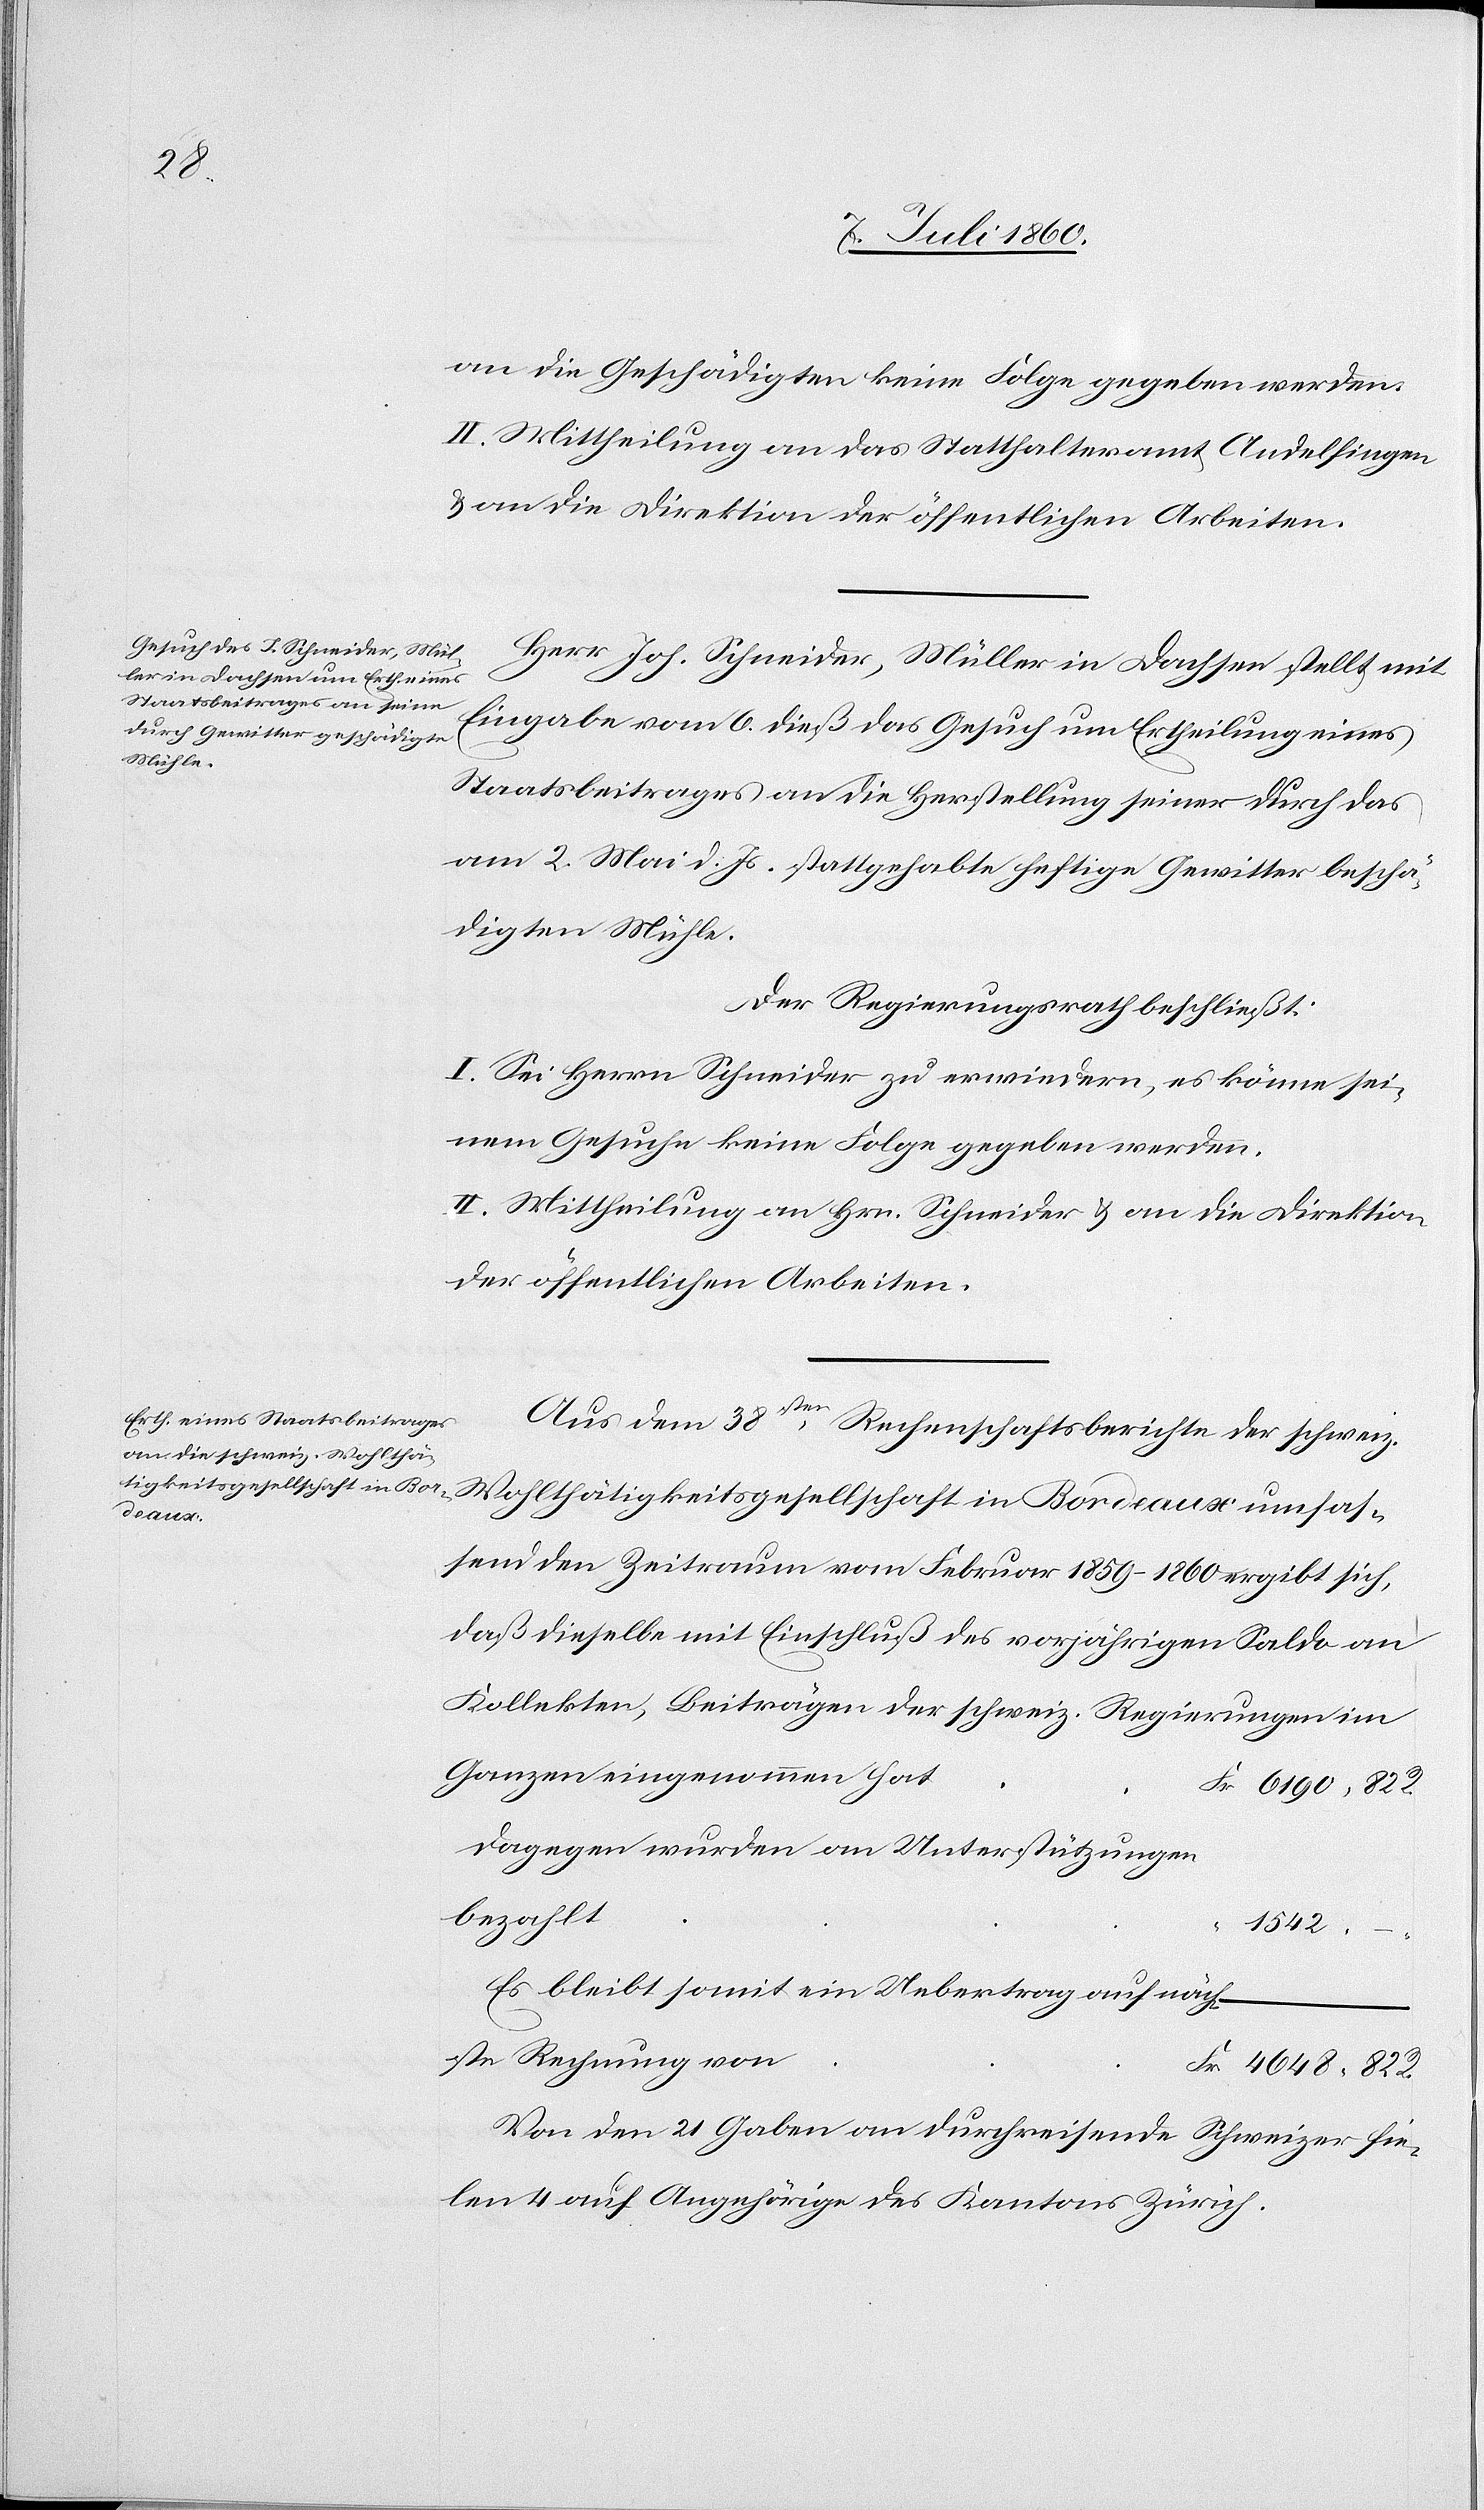
an die Geschädigten keine Folge gegeben werden.
II. Mittheilung an das Statthalteramt Andelfingen
& an die Direktion der öffentlichen Arbeiten.
Herr Joh. Schneider, Müller in Dachsen stellt mit
Fr
Eingabe vom 6. dieß das Gesuch um Ertheilung eines
Staatsbeitrages an die Herstellung seiner durch das
am 2. Mai d. Js. stattgehabte heftige Gewitter beschä¬
digten Mühle.
Der Regierungsrath beschließt:
I. Sei Herrn Schneider zu erwiedern, es könne sei¬
nem Gesuche keine Folge gegeben werden.
II. Mittheilung an Hrn. Schneider & an die Direktion
der öffentlichen Arbeiten.
Aus dem 38sten Rechenschaftsberichte der schweiz.
Wohlthätigkeitsgesellschaft in Bordeaux umfas¬
send den Zeitraum vom Februar 1859–1860 ergibt sich,
daß dieselbe mit Einschluß des vorjährigen Saldo an
Kollekten, Beiträgen der schweiz. Regierungen im
Ganzen eingenommen hat
dagegen wurden an Unterstützungen
bezahlt
R.
1542.
Es bleibt somit ein Uebertrag auf näch¬
ste Rechnung von
Von den 21 Gaben an durchreisende Schweizer fie¬
len 4 auf Angehörige des Kantons Zürich.